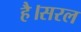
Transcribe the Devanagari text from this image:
है।सरल